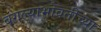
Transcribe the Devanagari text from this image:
बंगल्याभोवतीच्या